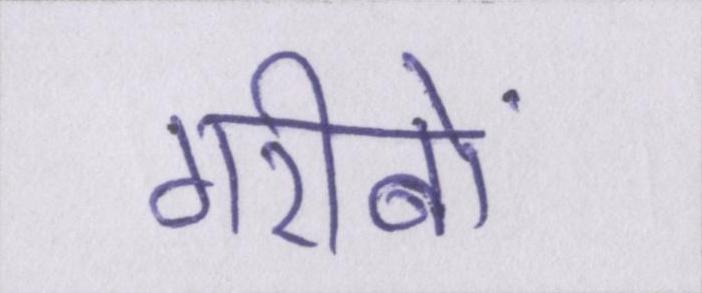
गरीबों